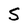
Character: S